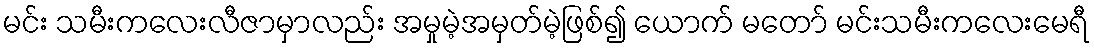
မင်း သမီးကလေးလီဇာမှာလည်း အမှုမဲ့အမှတ်မဲ့ဖြစ်၍ ယောက် မတော် မင်းသမီးကလေးမေရီ